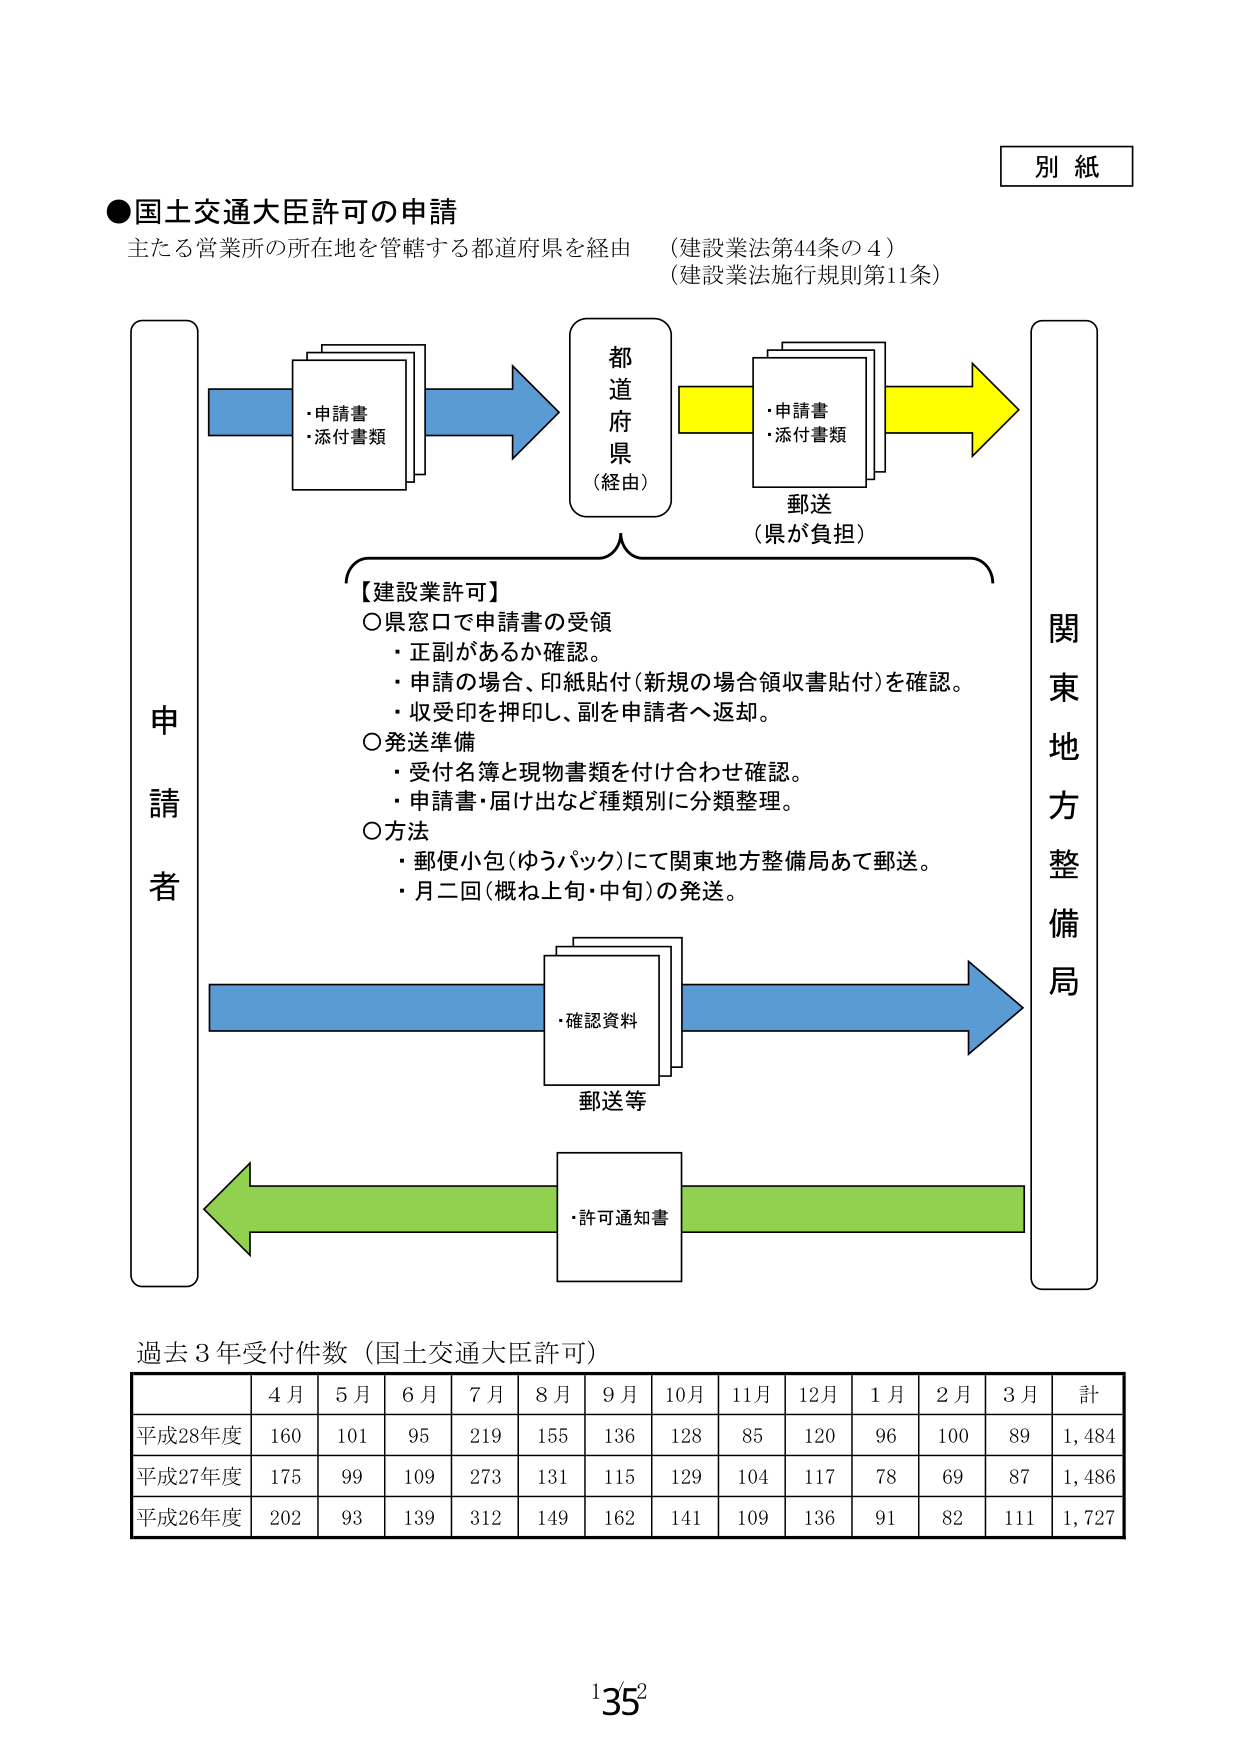
別紙

●国土交通大臣許可の申請
主たる営業所の所在地を管轄する都道府県を経由 （建設業法第44条の4）
（建設業法施行規則第11条）

申請者

・申請書
・添付書類

都道府県
（経由）

・申請書
・添付書類

郵送
（県が負担）

【建設業許可】
○県窓口で申請書の受領
・正副があるか確認。
・申請の場合、印紙貼付（新規の場合領収書貼付）を確認。
・収受印を押印し、副を申請者へ返却。
○発送準備
・受付名簿と現物書類を付け合わせ確認。
・申請書・届け出など種類別に分類整理。
○方法
・郵便小包（ゆうパック）にて関東地方整備局あて郵送。
・月二回（概ね上旬・中旬）の発送。

関東地方整備局

・確認資料

郵送等

・許可通知書

過去3年受付件数（国土交通大臣許可）

| | 4月 | 5月 | 6月 | 7月 | 8月 | 9月 | 10月 | 11月 | 12月 | 1月 | 2月 | 3月 | 計 |
|---|---|---|---|---|---|---|---|---|---|---|---|---|---|
| 平成28年度 | 160 | 101 | 95 | 219 | 155 | 136 | 128 | 85 | 120 | 96 | 100 | 89 | 1,484 |
| 平成27年度 | 175 | 99 | 109 | 273 | 131 | 115 | 129 | 104 | 117 | 78 | 69 | 87 | 1,486 |
| 平成26年度 | 202 | 93 | 139 | 312 | 149 | 162 | 141 | 109 | 136 | 91 | 82 | 111 | 1,727 |

1/35